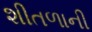
શીતળાની